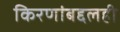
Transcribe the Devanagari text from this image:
किरणांबद्दलही